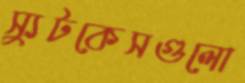
স্যুটকেসগুলো